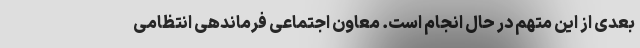
بعدی از این متهم در حال انجام است. معاون اجتماعی فرماندهی انتظامی